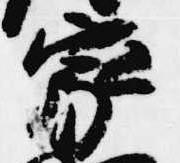
家